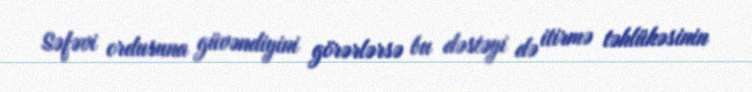
Səfəvi ordusuna güvəndiyini görərlərsə bu dəstəyi də itirmə təhlükəsinin